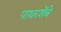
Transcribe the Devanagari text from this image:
पाथरशेंबे